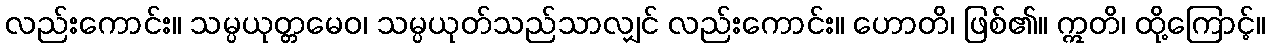
လည်းကောင်း။ သမ္ပယုတ္တမေဝ၊ သမ္ပယုတ်သည်သာလျှင် လည်းကောင်း။ ဟောတိ၊ ဖြစ်၏။ ဣတိ၊ ထို့ကြောင့်။